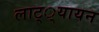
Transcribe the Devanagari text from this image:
लाट््यायन